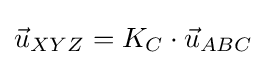
{\vec {u}}_{XYZ}=K_{C}\cdot {\vec {u}}_{ABC}